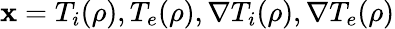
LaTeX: \mathbf{x}=T_{i}(\rho),T_{e}(\rho),\nabla T_{i}(\rho),\nabla T_{e}(\rho)